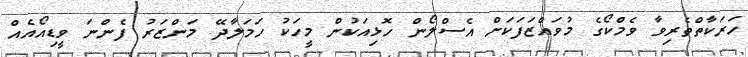
ހަރަކާތްތެރިވާ ވެމްކޯގެ މުވައްޒަފަކަށް އެސްލޯން ހޮޅިއަކުން މީހަކު ހަމަލާދޭ މަންޒަރު ފެންނަ ވީޑިއޯއެއް